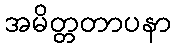
အမိတ္တတာပနာ